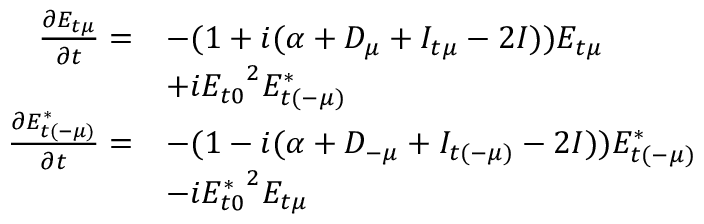
\begin{array} { r l } { \frac { \partial E _ { t \mu } } { \partial t } = } & { - ( 1 + i ( \alpha + D _ { \mu } + I _ { t \mu } - 2 I ) ) E _ { t \mu } } \\ & { + i { E _ { t 0 } } ^ { 2 } E _ { t ( - \mu ) } ^ { * } } \\ { \frac { \partial E _ { t ( - \mu ) } ^ { * } } { \partial t } = } & { - ( 1 - i ( \alpha + D _ { - \mu } + I _ { t ( - \mu ) } - 2 I ) ) E _ { t ( - \mu ) } ^ { * } } \\ & { - i { E _ { t 0 } ^ { * } } ^ { 2 } E _ { t \mu } } \end{array}